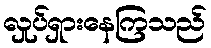
လှုပ်ရှားနေကြသည်